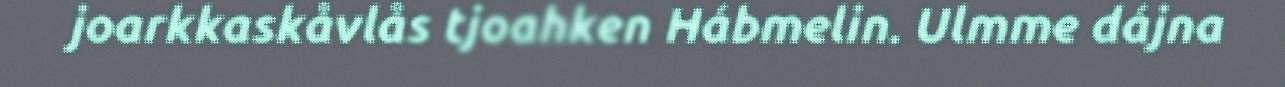
joarkkaskåvlås tjoahken Hábmelin. Ulmme dájna